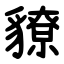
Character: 䝤